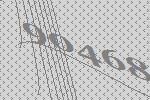
90468